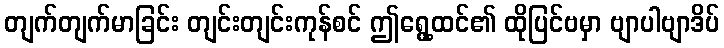
တျက်တျက်မာခြင်း တျင်းတျင်းကုန်စင် ဤရွေ့ထင်၏ ထိုပြင်ဗမှာ ဗျာပါဗျာဒိပ်